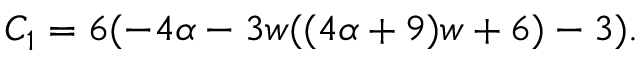
C _ { 1 } = 6 ( - 4 \alpha - 3 w ( ( 4 \alpha + 9 ) w + 6 ) - 3 ) .